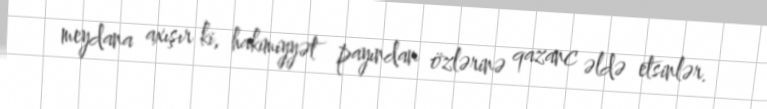
meydana axışır ki, hakimiyyət payından özlərinə qazanc əldə etsinlər.